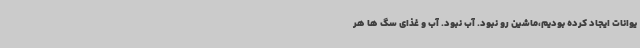
یوانات ایجاد کرده بودیم،ماشین رو نبود. آب نبود. آب و غذای سگ ها هر